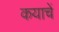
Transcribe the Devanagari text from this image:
कयाचें